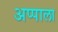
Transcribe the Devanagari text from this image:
अप्पाला